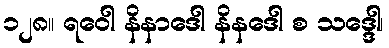
၁၂၈။ ရဝေါ နိနာဒေါ နိနဒေါ စ သဒ္ဒေါ၊